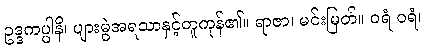
ဥဒ္ဒကပ္ပါနိ၊ ပျားမွဲအရသာနှင့်တူကုန်၏။ ရာဇာ၊ မင်းမြတ်။ ဝရံ ဝရံ၊